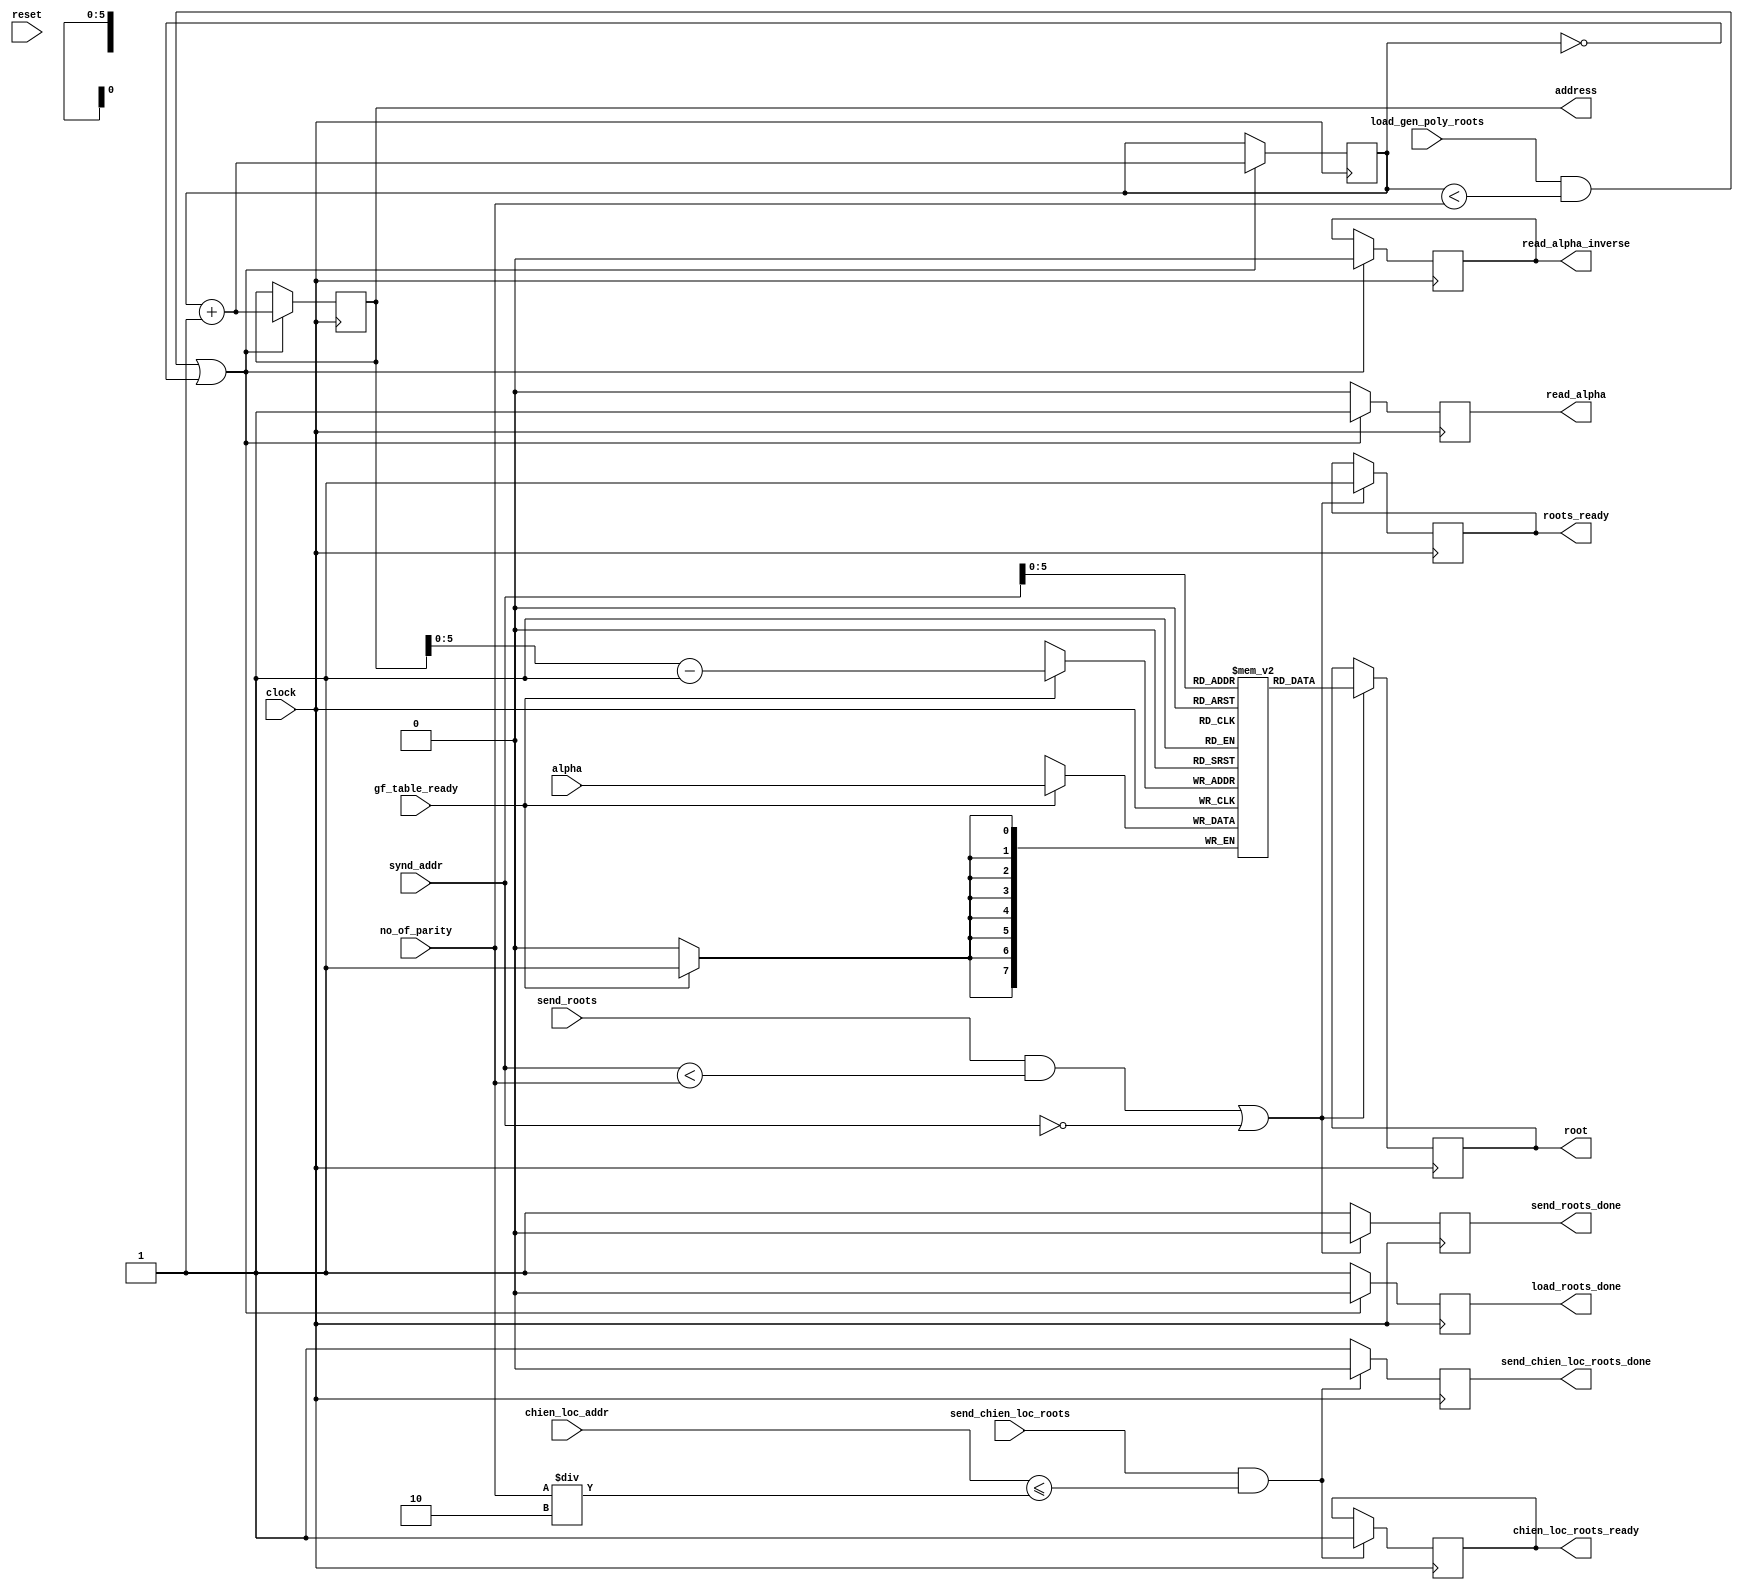
module gen_poly_roots(
			load_gen_poly_roots,
			gf_table_ready,
			alpha,
			clock,
			address,
			read_alpha,
			read_alpha_inverse,
			//start_syndrome,
			root,
			load_roots_done,
			reset,
			synd_addr,
			chien_loc_addr,
			no_of_parity,
			send_roots,
			send_chien_loc_roots,
			roots_ready,
			chien_loc_roots_ready,
			send_roots_done,
			send_chien_loc_roots_done
			//flag
			);

output reg load_roots_done,roots_ready,send_roots_done;
output reg chien_loc_roots_ready,send_chien_loc_roots_done;
output reg [7:0]address;
output [7:0] root;//,test_root;
output reg read_alpha_inverse,read_alpha;//start_syndrome,flag;

input[7:0] synd_addr,chien_loc_addr;
input [7:0] no_of_parity;
input send_roots,send_chien_loc_roots,reset;
input [7:0] alpha;
input  clock,gf_table_ready,load_gen_poly_roots;
wire [7:0] alpha;

reg[7:0] poly_roots[1:32];
reg[7:0] temp_address,temp_address_2,temp_address_3;
//reg flag;
reg [7:0]synd_root;
//reg next_root;

always @(posedge clock)
begin
//if(reset==1'b0)
//begin
load_roots_done<=1'b0;
//if(load_gen_poly_roots==1'b1)
	//begin
		if ((load_gen_poly_roots==1'b1)&&(temp_address < no_of_parity)||(temp_address ==8'd0))
			begin
			load_roots_done=1'b0;
			//flag=1'b0;
			read_alpha_inverse=1'b0;
			read_alpha=1'b0;
			temp_address=temp_address+1;
			address=temp_address;
			read_alpha=1'b1;
			end
		else 
			begin
			//flag=1'b1;
			load_roots_done=1'b1;
			read_alpha=1'b0;
			//temp_address[7:0]=8'b0;
						
			end
		
		
end
//end
always @(posedge clock)
begin
//if(reset==1'b0)
//begin
	if(gf_table_ready==1'b1)
	begin
	//poly_roots[13]<=alpha;
	//temp_address_3=temp_address_3+1;
	poly_roots[address-1]=alpha;
	end
end
//end

always @(posedge clock)
begin
//if(reset==1'b0)
//begin
send_roots_done<=1'b0;
if((send_roots==1'b1)&&(synd_addr < no_of_parity)||(synd_addr ==8'd0))
	begin
		roots_ready=1'b0;
		send_roots_done=1'b0;
		//temp_address_2=synd_addr;
		synd_root=poly_roots[synd_addr];//[temp_address_2];
		roots_ready=1'b1;
		end
	else
		send_roots_done=1'b1;
		//temp_address_2[7:0]=8'b0;
	end
//end

always @(posedge clock)
begin
//if(reset==1'b0)
//begin
if((send_chien_loc_roots==1'b1)&&(chien_loc_addr <= (no_of_parity/8'd2)))
		begin
		chien_loc_roots_ready=1'b0;
		send_chien_loc_roots_done=1'b0;
		temp_address_3=chien_loc_addr;
		chien_loc_roots_ready=1'b1;
		end
	else
		send_chien_loc_roots_done=1'b1;
end
//end
assign root = synd_root;//poly_roots[temp_address_2];//synd_root;
endmodule